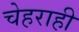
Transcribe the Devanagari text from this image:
चेहराही